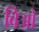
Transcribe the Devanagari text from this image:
विओ